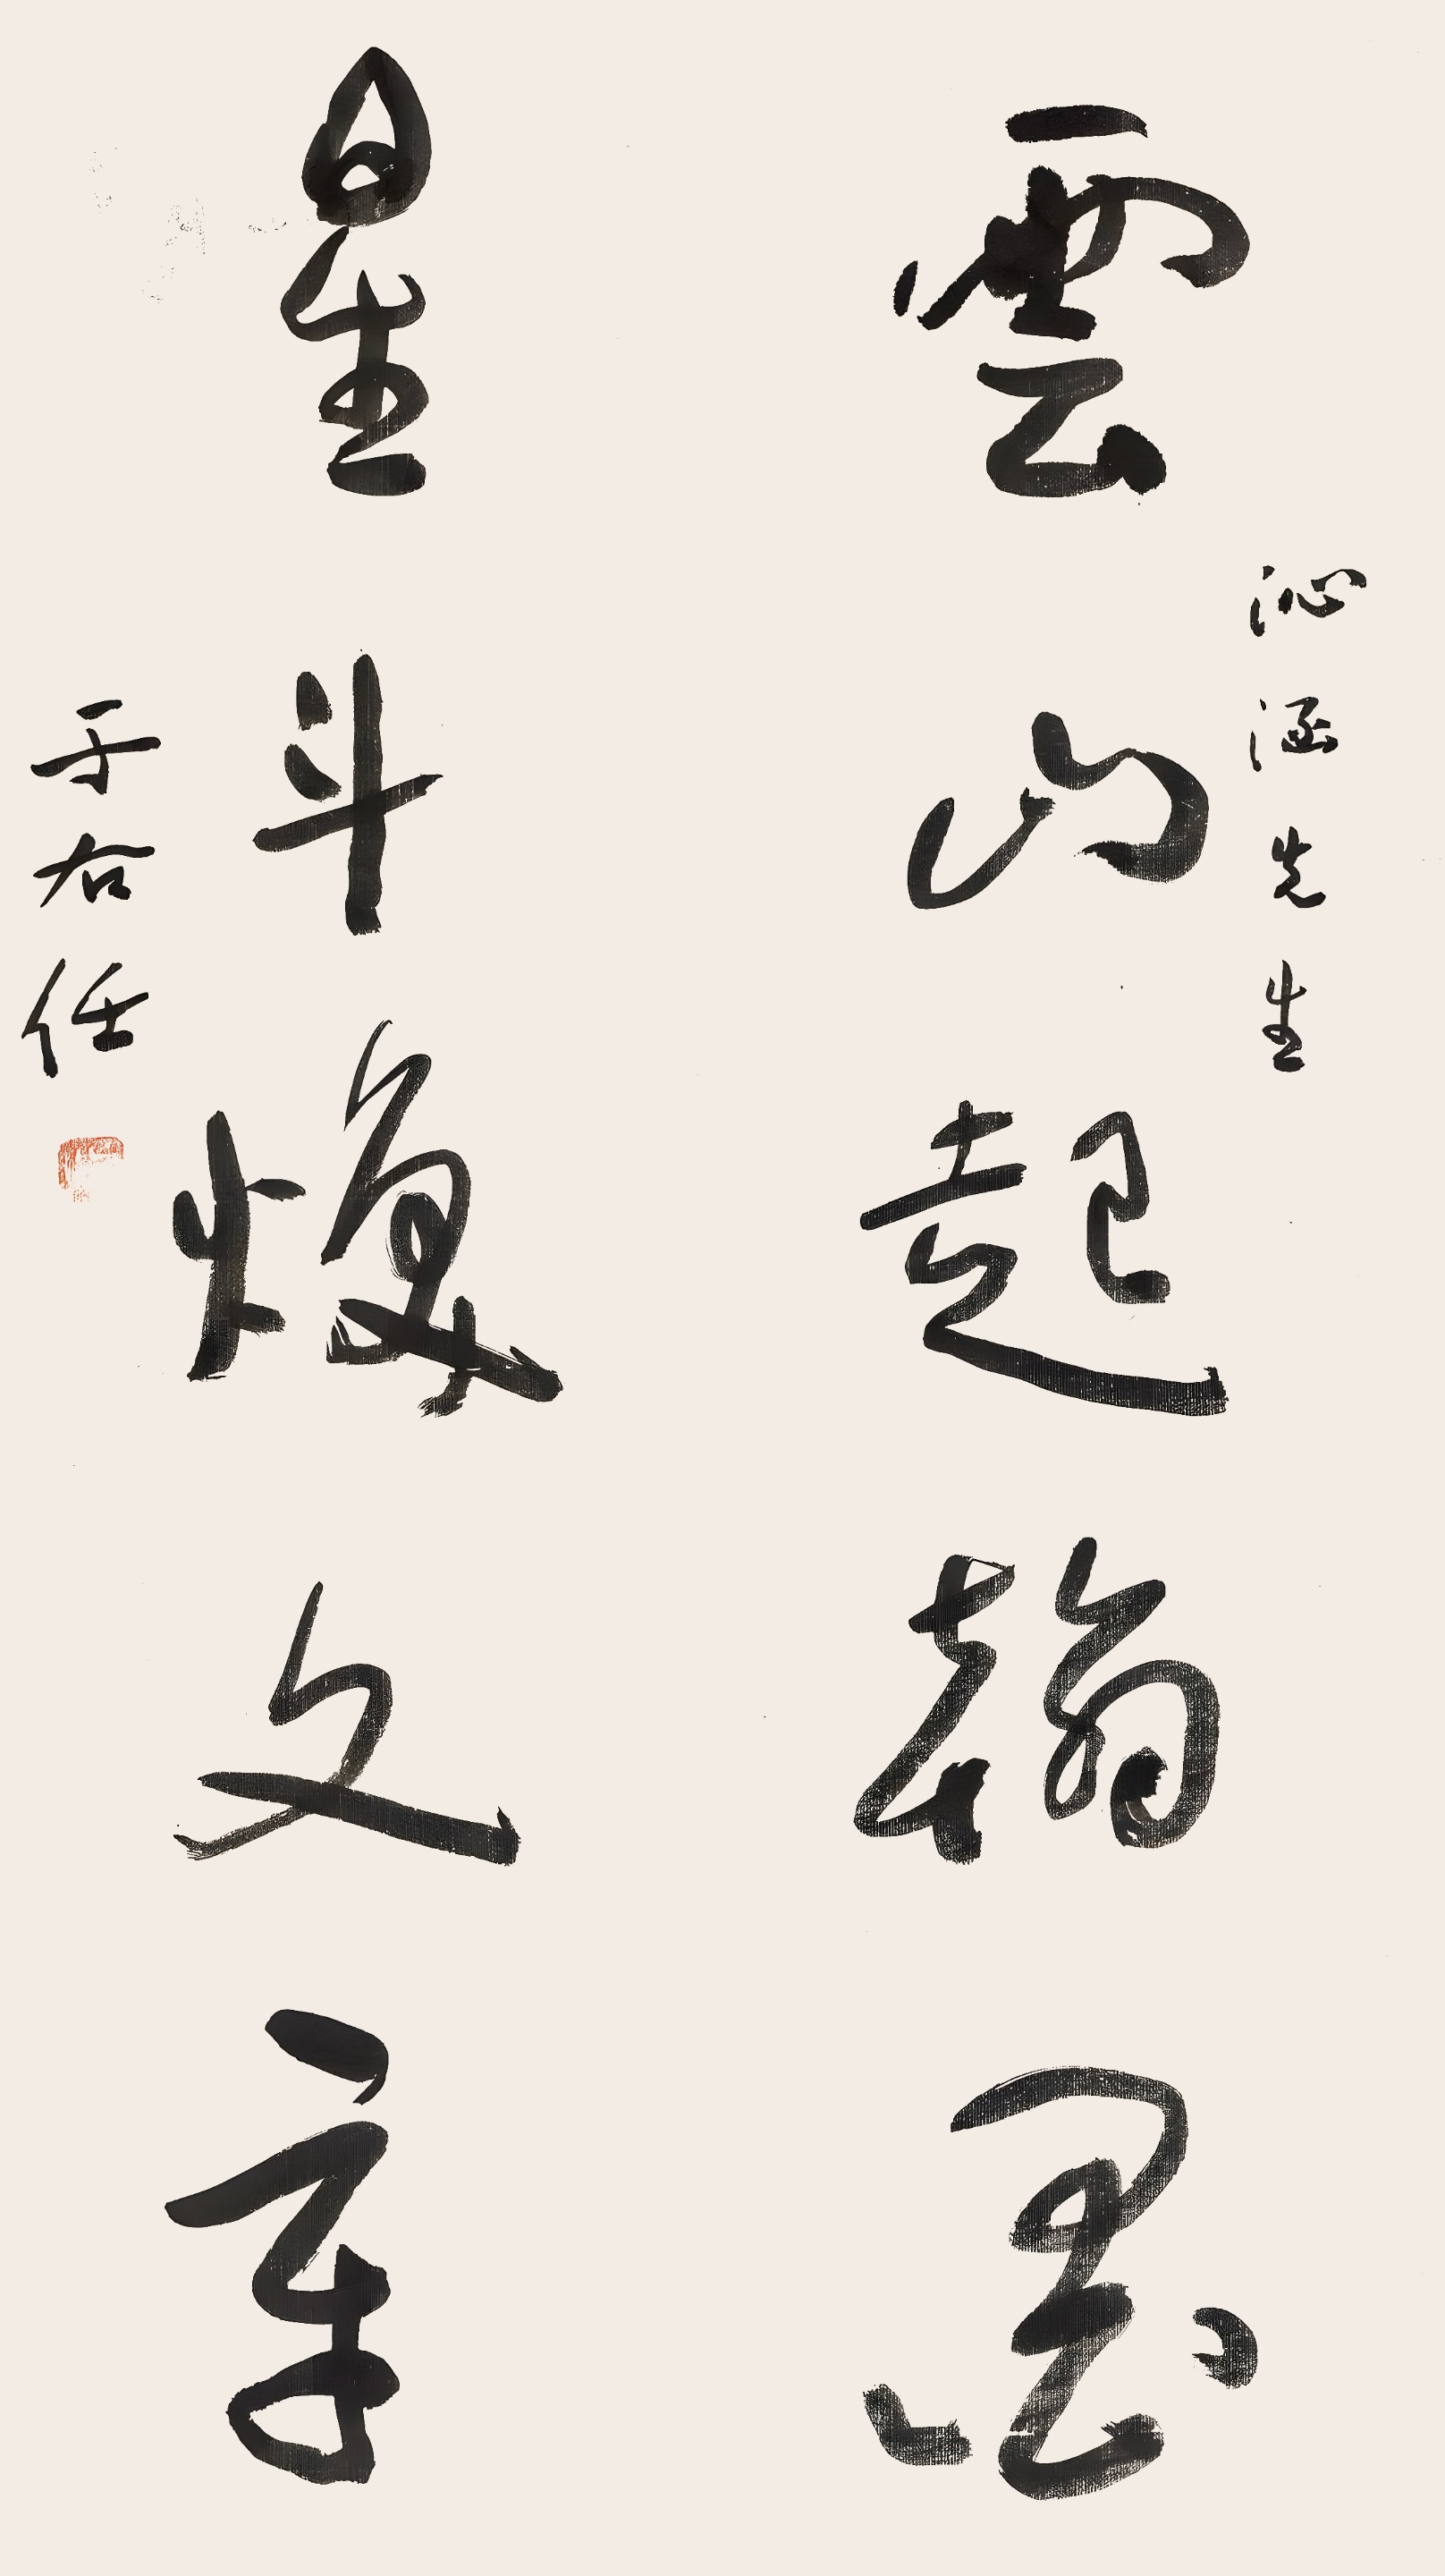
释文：云山起翰墨，星斗焕文章。沁涵先生。于右任。